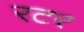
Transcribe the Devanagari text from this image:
रटर